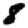
Digit: 8